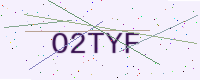
Text: O2TYF